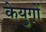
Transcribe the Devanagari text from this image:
केयुगों